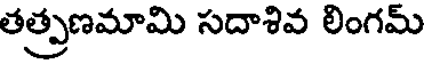
తత్ప్రణమామి సదాశివ లింగమ్